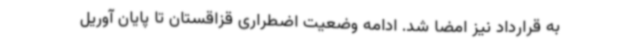
به قرارداد نیز امضا شد. ادامه وضعیت اضطراری قزاقستان تا پایان آوریل